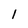
Character: 1